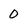
Character: 0